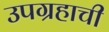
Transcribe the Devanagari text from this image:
उपग्रहाची